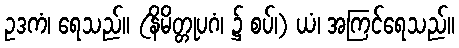
ဥဒကံ၊ ရေသည်။ (နိမိတ္တုပဂံ၊ ၌ စပ်၊) ယံ၊ အကြင်ရေသည်။